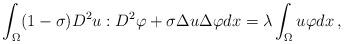
LaTeX: \begin{align*}\int_{\Omega}(1-\sigma)D^2u:D^2\varphi+\sigma\Delta u\Delta\varphi dx=\lambda\int_{\Omega}u\varphi dx\,,\end{align*}